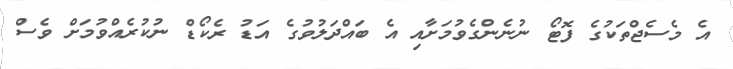
އެ މެސެޖްތަކުގެ ފޮޓޯ ނުނެންގެވުމަށާއި އެ ބައްދަލުވުގެ އަޑު ރެކޯޑް ނުކުރެއްވުމަށް ވެސް